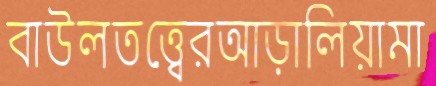
বাউলতত্ত্বেরআড়ালিয়ামা